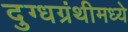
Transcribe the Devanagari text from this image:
दुग्धग्रंथीमध्ये